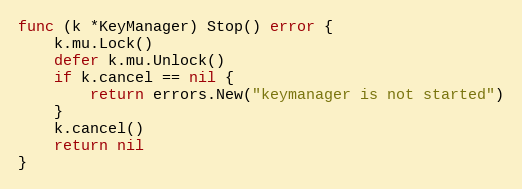
Language: Go
func (k *KeyManager) Stop() error {
	k.mu.Lock()
	defer k.mu.Unlock()
	if k.cancel == nil {
		return errors.New("keymanager is not started")
	}
	k.cancel()
	return nil
}